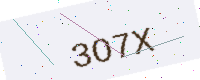
Text: 3O7X